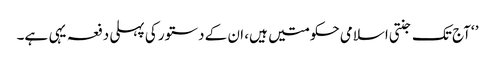
’ ‘آج تک جنتی اسلامی حکومتیں ہیں، ان کے دستور کی پہلی دفعہ یہی ہے۔